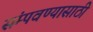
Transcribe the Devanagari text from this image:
संम्पवण्यासाठी